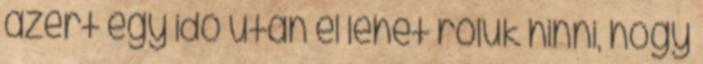
azért egy idő után el lehet róluk hinni, hogy